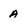
Character: a